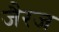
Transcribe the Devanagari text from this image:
जैरज